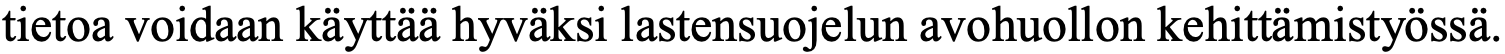
tietoa voidaan käyttää hyväksi lastensuojelun avohuollon kehittämistyössä.